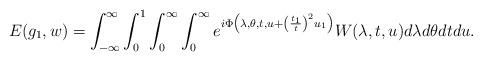
LaTeX: \begin{align*} E(g_1, w) = \int_{-\infty}^\infty \int_0^1 \int_0^\infty\int_0^\infty e^{i \Phi\left(\lambda, \theta, t, u + \left(\frac{t_1}{t} \right)^2 u_1\right)}W(\lambda, t, u) d\lambda d\theta dt du.\end{align*}